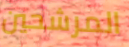
المرشحين